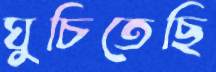
ঘুচিতেছি